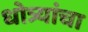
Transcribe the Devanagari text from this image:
धोत्र्यांचा